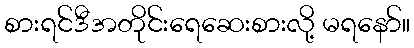
စားရင်ဒီအတိုင်းရေဆေးစားလို့ မရနော်။